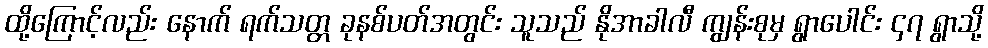
ထို့ကြောင့်လည်း နောက် ရက်သတ္တ ခုနစ်ပတ်အတွင်း သူသည် နိုအာခါလီ ကျွန်းစုမှ ရွာပေါင်း ၄၇ ရွာသို့